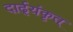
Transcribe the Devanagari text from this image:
दार्ढ्‌यंकृत्